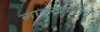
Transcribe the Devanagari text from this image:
लाड्खानोत